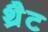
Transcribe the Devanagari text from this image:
थ्रैट